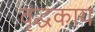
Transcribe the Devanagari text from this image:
वृद्धकाय